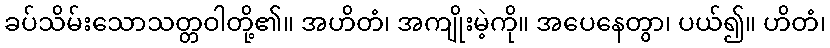
ခပ်သိမ်းသောသတ္တဝါတို့၏။ အဟိတံ၊ အကျိုးမဲ့ကို။ အပေနေတွာ၊ ပယ်၍။ ဟိတံ၊